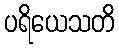
ပရိယေသတိ